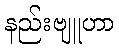
နည်းဗျူဟာ